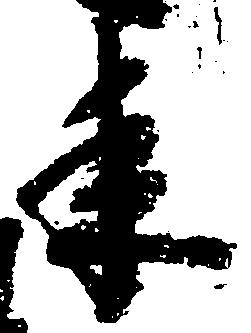
来